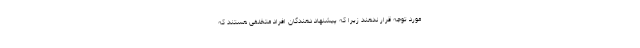
مورد توجه قرار ندهند زیرا که پیشنهاد دهندگان افراد متخلفی هستند که